Indian journal of veterinary science and animal husbandry - Volume 1,
Year: 1931
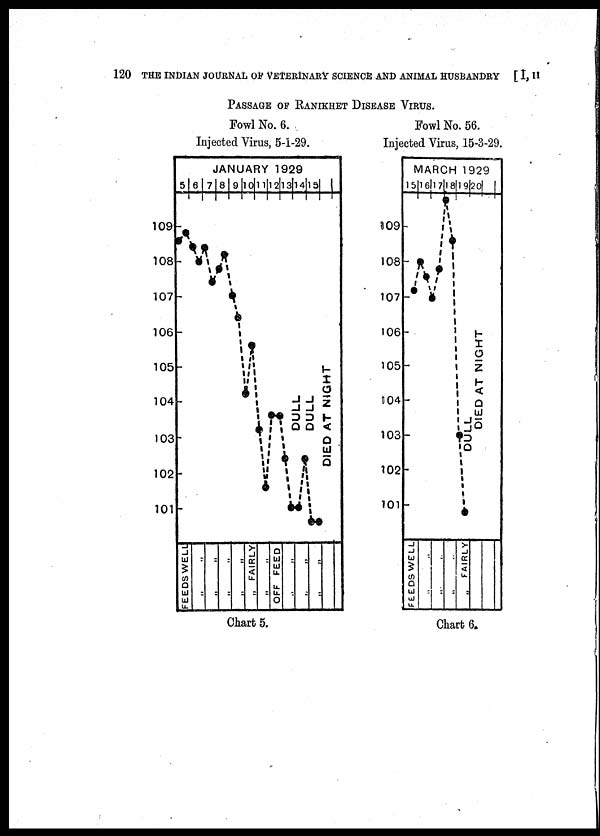
120 THE INDIAN JOURNAL OF VETERINARY SCIENCE AND ANIMAL HUSBANDRY [ I, II
PASSAGE OF RANIKHET DISEASE VIRUS.
Fowl No. 6.
Injected Virus, 5-1-29.
Fowl No. 56.
Injected Virus, 15-3-29.